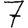
Digit: 7